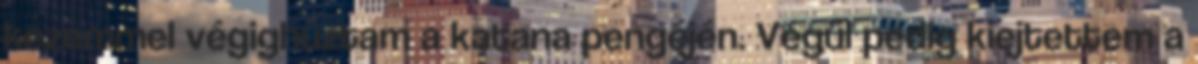
kezemmel végighúztam a katana pengéjén. Végül pedig kiejtettem a